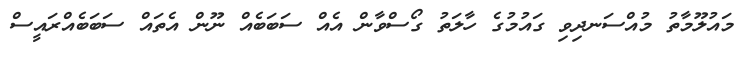
މައުލޫމާތު މުއްސަނދިވި ގައުމުގެ ހާލަތު ގޯސްވާން އެއް ސަބަބެއް ނޫން އެތައް ސަބަބެއްރައީސް